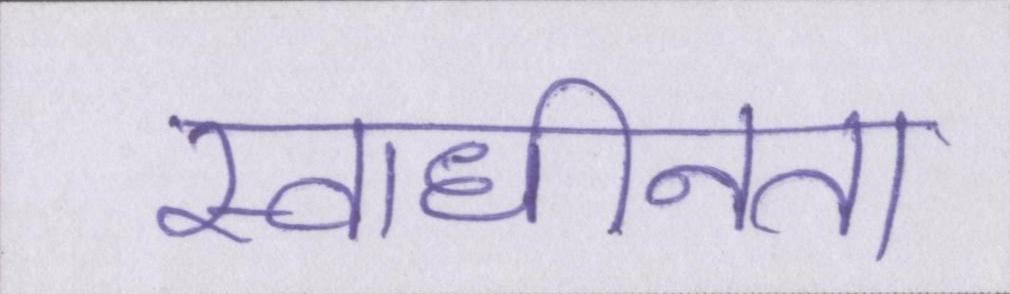
स्वाधीनता